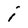
Character: i